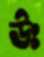
উঃ